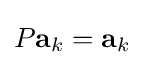
P\mathbf {a} _{k}=\mathbf {a} _{k}